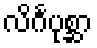
လိင်္ဂပုစ္ဆာ